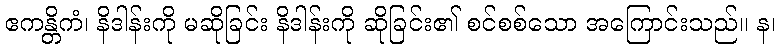
ဧကန္တိကံ၊ နိဒါန်းကို မဆိုခြင်း နိဒါန်းကို ဆိုခြင်း၏ စင်စစ်သော အကြောင်းသည်။ န၊